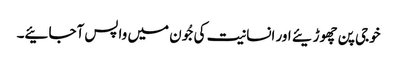
خوجی پن چھوڑیئے اور انسانیت کی جُون میں واپس آجائیے۔